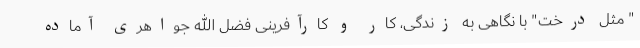
" مثل درخت" با نگاهی به زندگی، کار و کارآفرینی فضل الله جواهری آماده